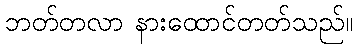
ဘတ်တလာ နားထောင်တတ်သည်။